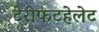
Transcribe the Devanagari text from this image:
टेरीफटहेलेट